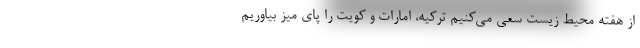
از هفته محیط زیست سعی می‌کنیم ترکیه، امارات و کویت را پای میز بیاوریم